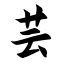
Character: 芸